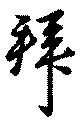
拜